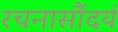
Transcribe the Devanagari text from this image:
रचनासौंदर्य